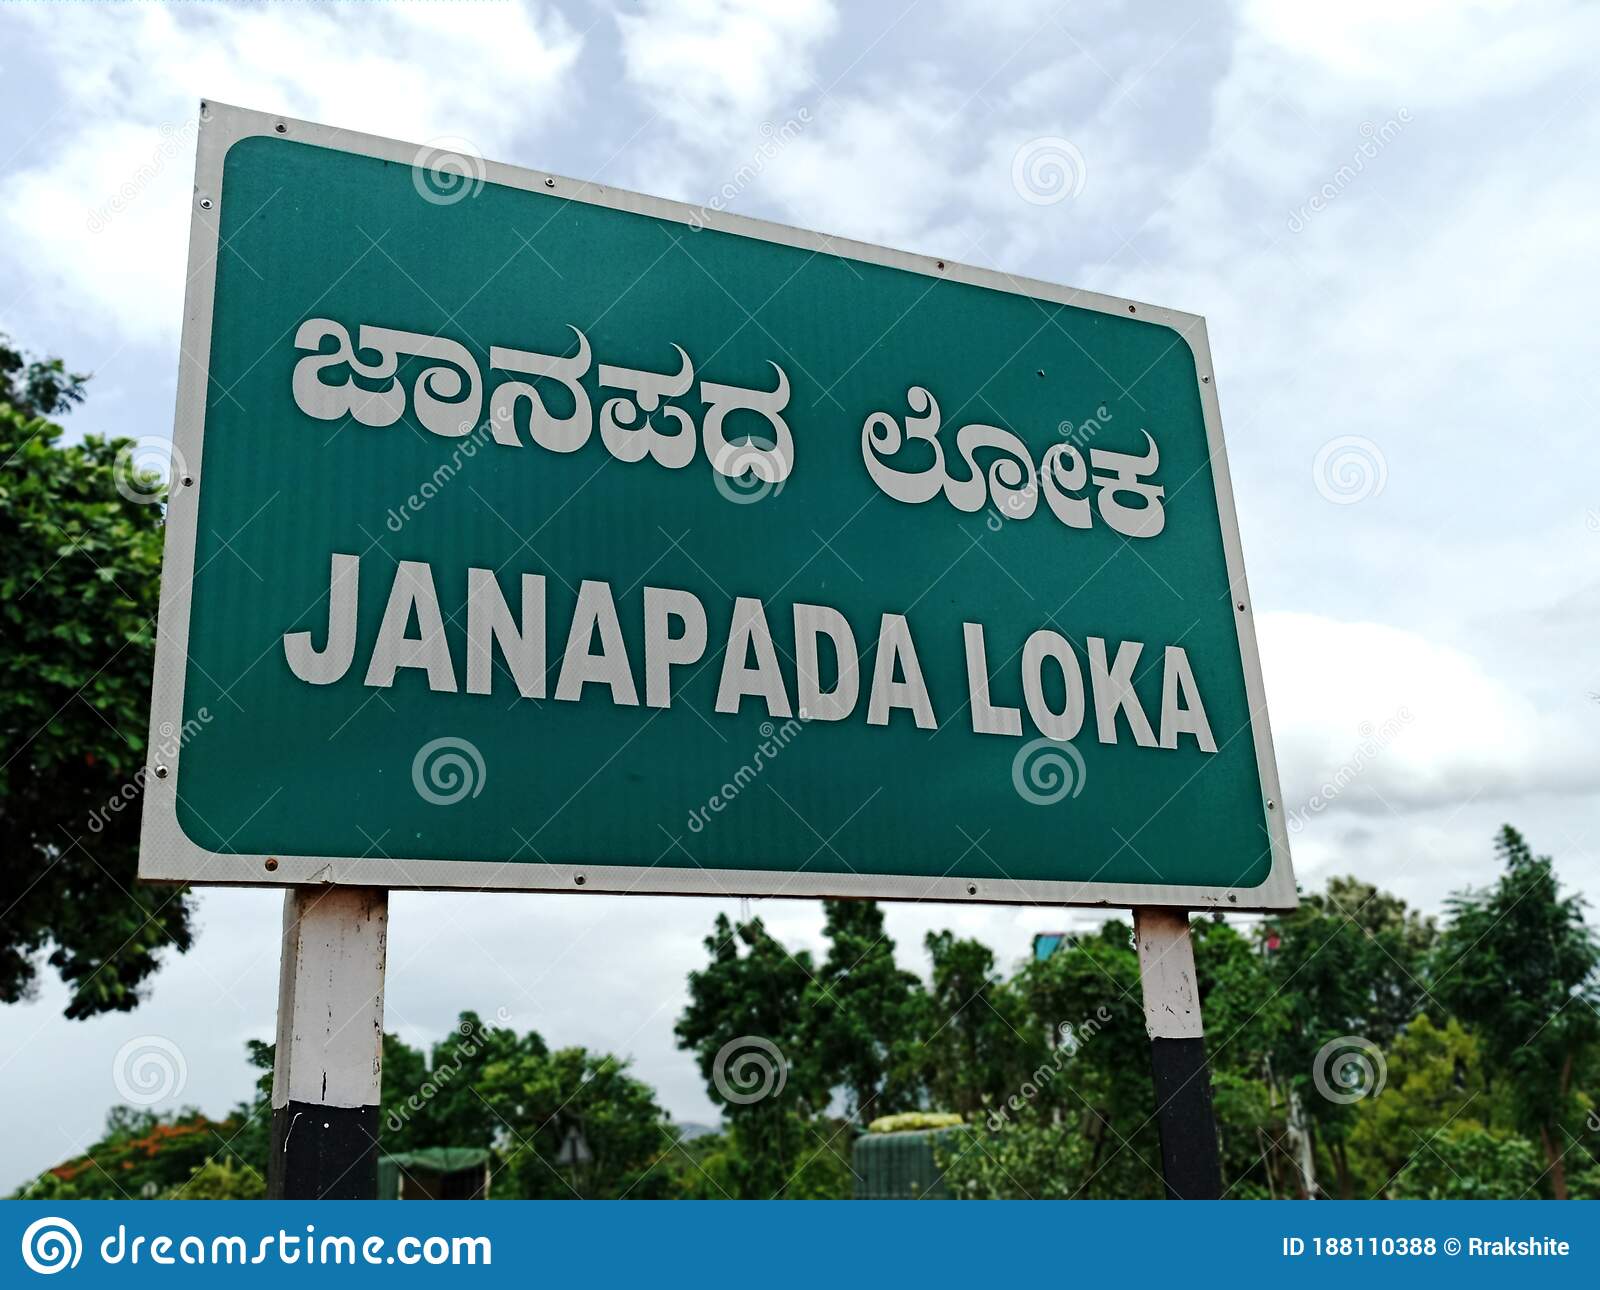
Language: kannada
Transcription: ಜಾನಪದ ಲೋಕ